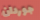
جوردان